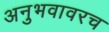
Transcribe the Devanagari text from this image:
अनुभवावरच